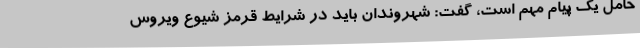
حامل یک پیام مهم است، گفت: شهروندان باید در شرایط قرمز شیوع ویروس